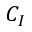
C _ { I }